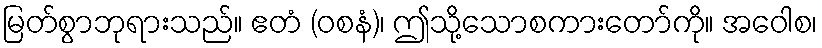
မြတ်စွာဘုရားသည်။ ဧတံ (ဝစနံ)၊ ဤသို့သောစကားတော်ကို။ အဝေါစ၊